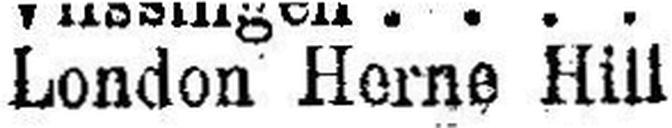
London Herne Hill